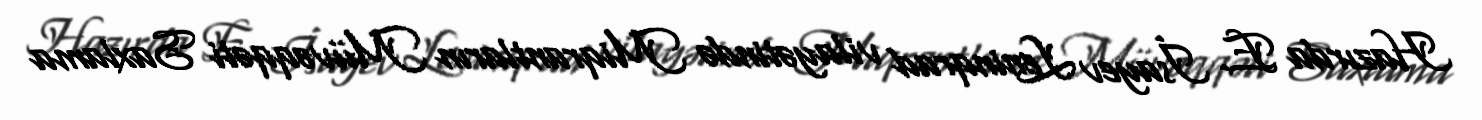
Hazırda E. İsayev Leninqrad vilayətində Miqrantların Müvəqqəti Saxlama